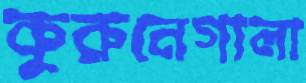
কুরুনেগালা